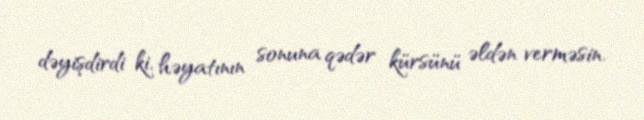
dəyişdirdi ki, həyatının sonuna qədər kürsünü əldən verməsin.